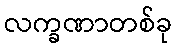
လက္ခဏာတစ်ခု